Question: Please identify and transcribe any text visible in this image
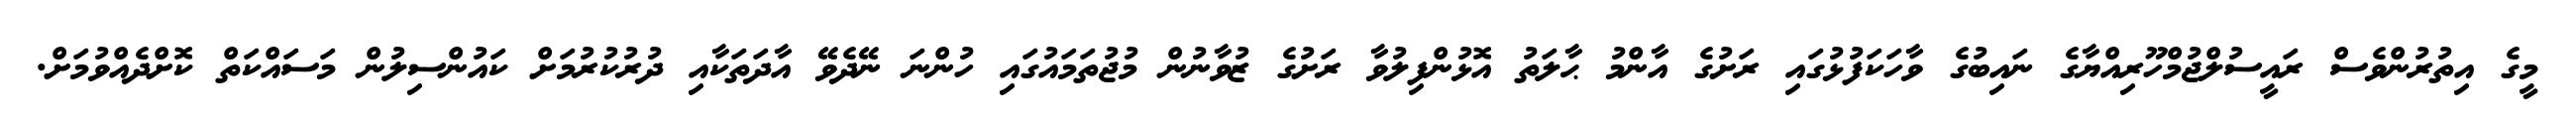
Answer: މީގެ އިތުރުންވެސް ރައީސުލްޖުމްހޫރިއްޔާގެ ނައިބުގެ ވާހަކަފުޅުގައި ރަށުގެ އާންމު ޙާލަތު އޮޅުންފިލުވާ ރަށުގެ ޒުވާނުން މުޖުތަމައުގައި ހުންނަ ނޭދެވޭ އާދަތަކާއި ދުރުކުރުމަށް ކައުންސިލުން މަސައްކަތް ކޮށްދެއްވުމަށް.